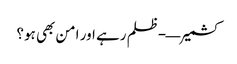
کشمیر—-ظلم رہے اور امن بھی ہو؟